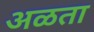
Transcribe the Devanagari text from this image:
अळता